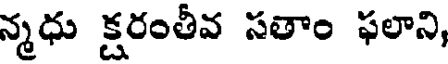
న్మధు క్షరంతీవ సతాం ఫలాని,